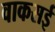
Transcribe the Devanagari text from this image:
वाकसई